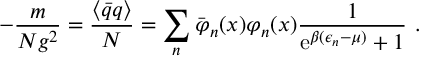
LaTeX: - \frac { m } { N g ^ { 2 } } = \frac { \langle \bar { q } q \rangle } { N } = \sum _ { n } \bar { \varphi } _ { n } ( x ) \varphi _ { n } ( x ) \frac { 1 } { \mathrm { e } ^ { \beta ( \epsilon _ { n } - \mu ) } + 1 } \ .